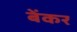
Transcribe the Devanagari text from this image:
बेंकर